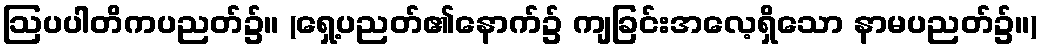
ဩပပါတိကပညတ်၌။ (ရှေ့ပညတ်၏နောက်၌ ကျခြင်းအလေ့ရှိသော နာမပညတ်၌။)